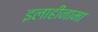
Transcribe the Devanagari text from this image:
इलाहीनामा